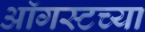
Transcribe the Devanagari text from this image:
आॅगस्टच्या